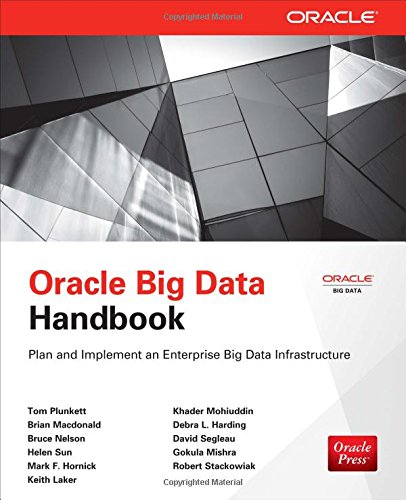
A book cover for Oracle Big Data Handbook (Oracle Press); Tom Plunkett; Computers & Technology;